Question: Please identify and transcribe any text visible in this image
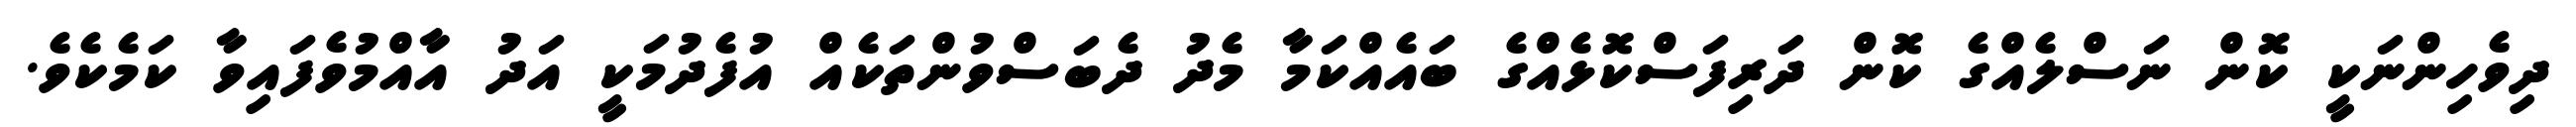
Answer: ދިވެހިންނަކީ ކޮން ނަސްލެއްގެ ކޮން ދަރިފަސްކޮޅެއްގެ ބައެއްކަމާ މެދު ދެބަސްވުންތަކެއް އުފެދުމަކީ އަދު އާއްމުވެފައިވާ ކަމެކެވެ.